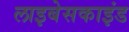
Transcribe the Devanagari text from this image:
लाइबेसकाइंड